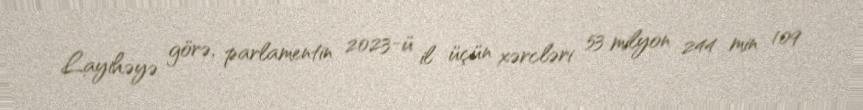
Layihəyə görə, parlamentin 2023-ü il üçün xərcləri 53 milyon 244 min 109